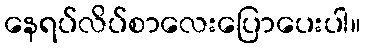
နေရပ်လိပ်စာလေးပြောပေးပါ။